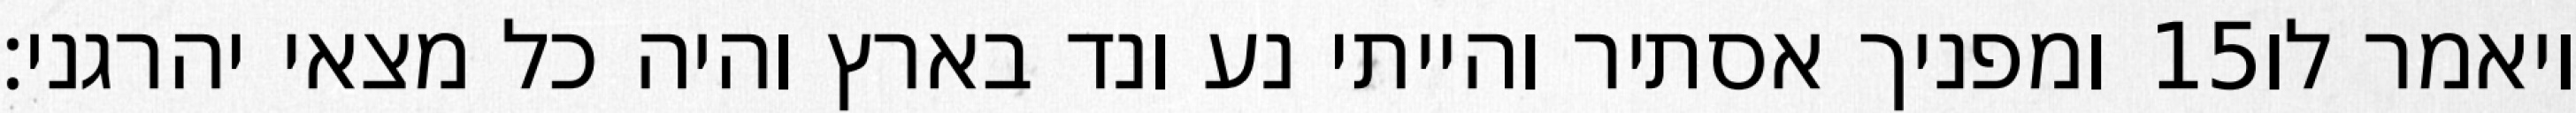
ומפניך אסתיר והייתי נע ונד בארץ והיה כל מצאי יהרגני׃ ‎15‏ ויאמר לו